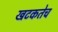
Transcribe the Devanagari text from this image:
खटकतेच